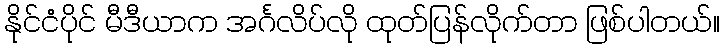
နိုင်ငံပိုင် မီဒီယာက အင်္ဂလိပ်လို ထုတ်ပြန်လိုက်တာ ဖြစ်ပါတယ်။